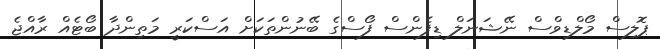
ޕޮލިސް މޯލްޑިވްސް ނޭޝަނަލް ޑިފެންސް ފޯސްގެ ބޭނުންތަކަށް އަސްކަރީ މަތިންދާ ބޯޓެއް ރާއްޖެ